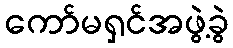
ကော်မရှင်အဖွဲ့ခွဲ